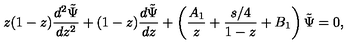
z ( 1 - z ) { \frac { d ^ { 2 } \tilde { \Psi } } { d z ^ { 2 } } } + ( 1 - z ) { \frac { d \tilde { \Psi } } { d z } } + \left( { \frac { A _ { 1 } } { z } } + { \frac { s / 4 } { 1 - z } } + B _ { 1 } \right) \tilde { \Psi } = 0 ,